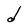
Character: d